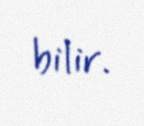
bilir.